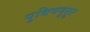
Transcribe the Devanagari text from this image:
पुधियमुतूर